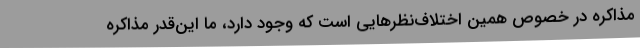
مذاکره در خصوص همین اختلاف‌نظرهایی است که وجود دارد، ما این‌قدر مذاکره